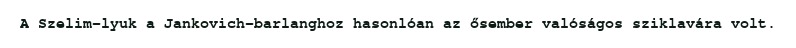
A Szelim-lyuk a Jankovich-barlanghoz hasonlóan az ősember valóságos sziklavára volt.